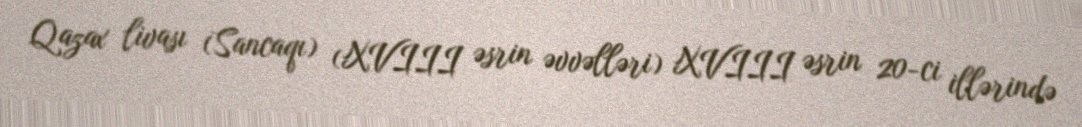
Qazax livası (Sancaqı) (XVIII əsrin əvvəlləri) XVIII əsrin 20-ci illərində